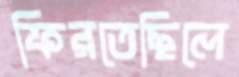
ফিরতেছিলে